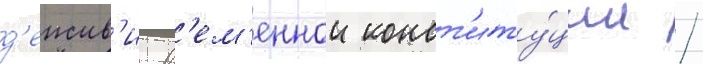
д'еиств'ие вр'ем'еннои конст'иту́ции /